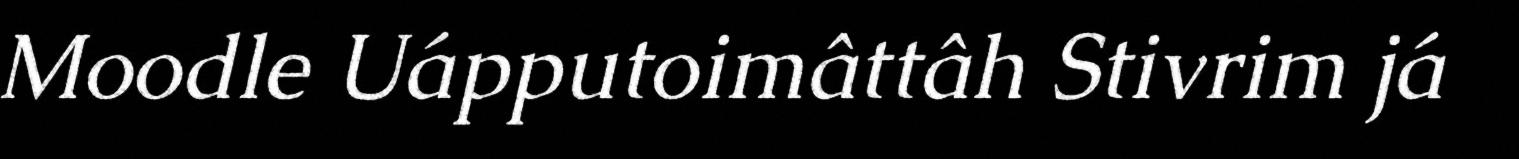
Moodle Uápputoimâttâh Stivrim já